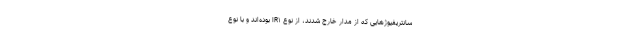
سانتریفیوژهایی که از مدار خارج شدند، از نوع IR۱ بوده‌اند و با نوع